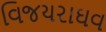
વિજયરાઘવ